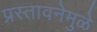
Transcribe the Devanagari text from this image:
प्रस्तावनेमुळे